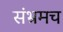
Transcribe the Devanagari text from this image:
संभ्रमच